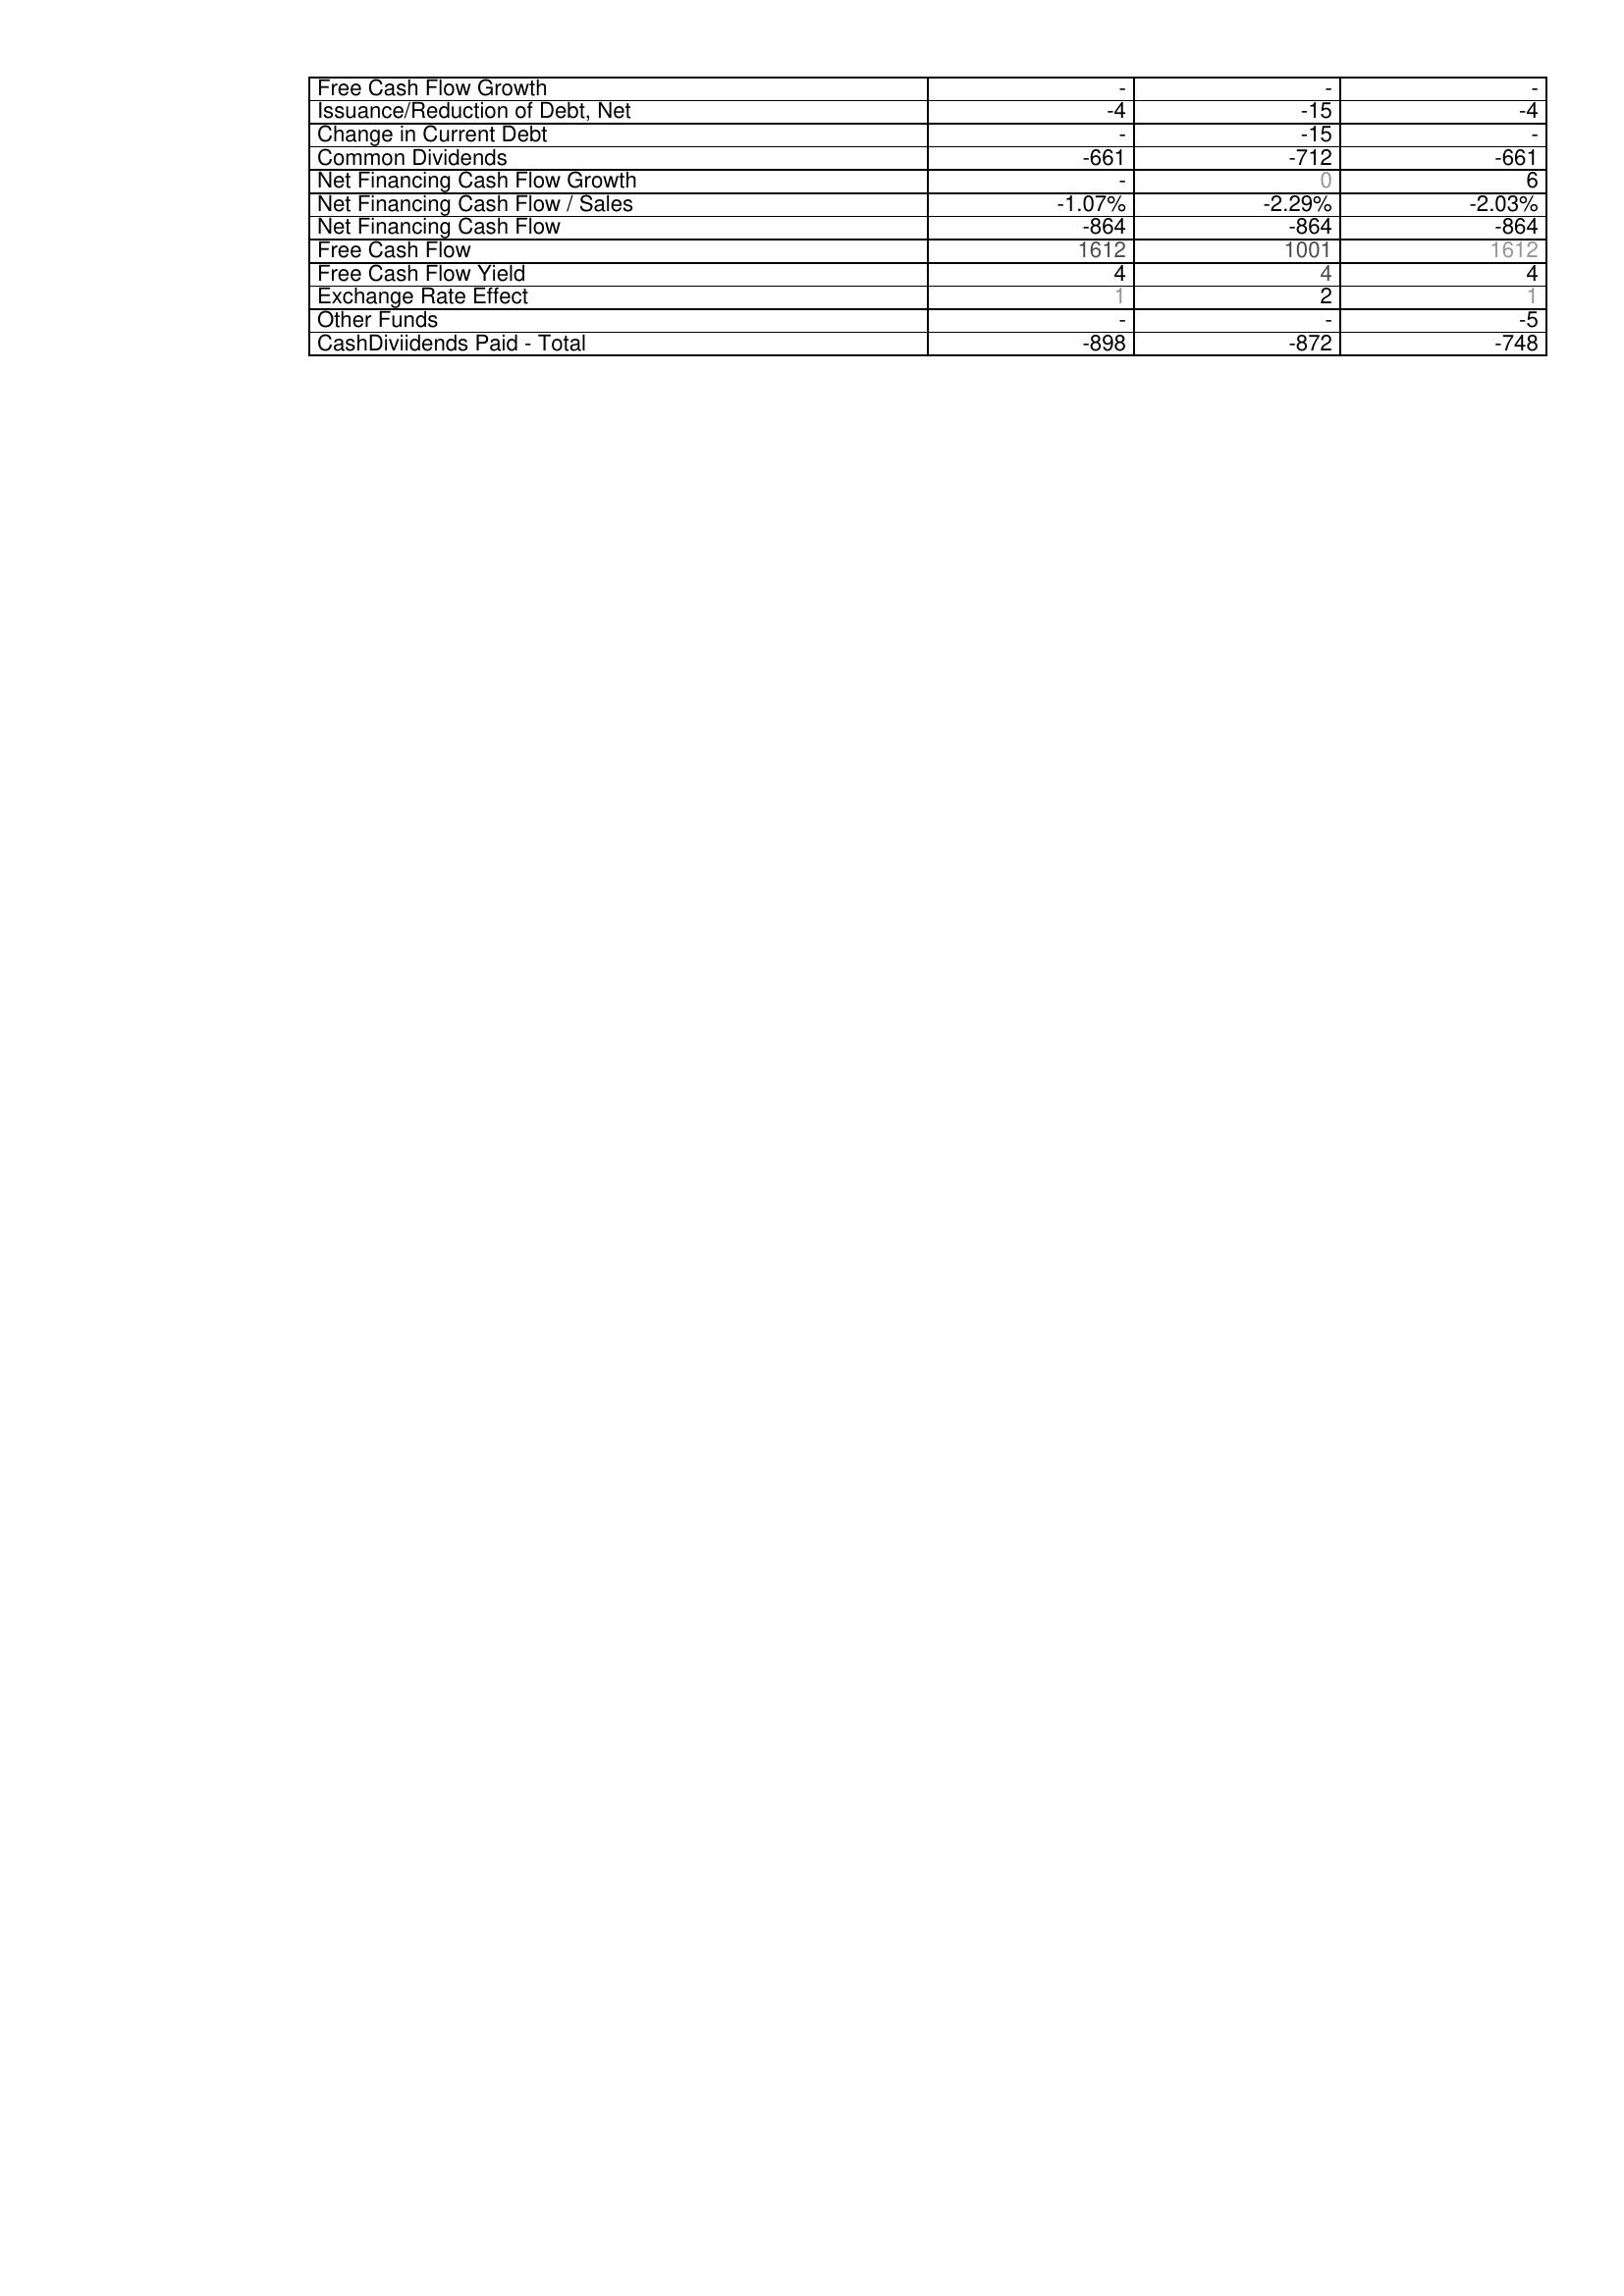
2005: Financing Activities: Free Cash Flow Growth: -
Issuance/Reduction of Debt, Net: -4
Change in Current Debt: -
Common Dividends: -661
Net Financing Cash Flow Growth: -
Net Financing Cash Flow / Sales: -1.07%
Net Financing Cash Flow: -864
Free Cash Flow: 1612
Free Cash Flow Yield: 4
Exchange Rate Effect: 1
Other Funds: -
CashDiviidends Paid - Total: -898
2004: Financing Activities: Free Cash Flow Growth: -
Issuance/Reduction of Debt, Net: -15
Change in Current Debt: -15
Common Dividends: -712
Net Financing Cash Flow Growth: 0
Net Financing Cash Flow / Sales: -2.29%
Net Financing Cash Flow: -864
Free Cash Flow: 1001
Free Cash Flow Yield: 4
Exchange Rate Effect: 2
Other Funds: -
CashDiviidends Paid - Total: -872
2003: Financing Activities: Free Cash Flow Growth: -
Issuance/Reduction of Debt, Net: -4
Change in Current Debt: -
Common Dividends: -661
Net Financing Cash Flow Growth: 6
Net Financing Cash Flow / Sales: -2.03%
Net Financing Cash Flow: -864
Free Cash Flow: 1612
Free Cash Flow Yield: 4
Exchange Rate Effect: 1
Other Funds: -5
CashDiviidends Paid - Total: -748